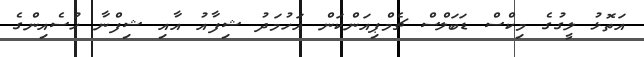
އަތޮޅު ލީގުގެ މިކްސް ޑަބަލްސް ޗެމްޕިއަންކަން އަހުމަދު ޝިފާއު އާއި ޝިފްނާ ހުސެއިންގެ